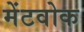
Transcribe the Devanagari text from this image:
मेंटवोक